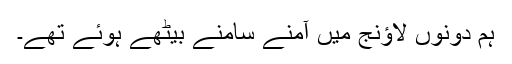
ہم دونوں لاﺅنج میں آمنے سامنے بیٹھے ہوئے تھے۔